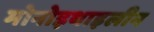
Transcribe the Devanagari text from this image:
मोनोइथाइलीन